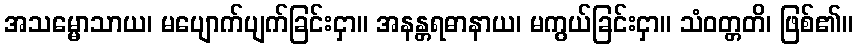
အသမ္မောသာယ၊ မပျောက်ပျက်ခြင်းငှာ။ အနန္တရဓာနာယ၊ မကွယ်ခြင်းငှာ။ သံဝတ္တတိ၊ ဖြစ်၏။